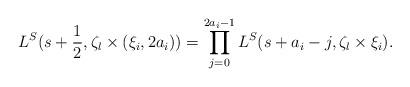
LaTeX: \begin{align*}L^S(s+\frac{1}{2},\zeta_l\times(\xi_i,2a_i))=\prod_{j=0}^{2a_i-1}L^S(s+a_i-j,\zeta_l\times\xi_i).\end{align*}